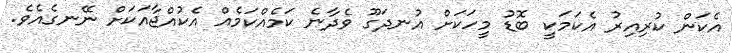
އެކަން ކުރިއިރު އެކަމަކީ ބޮޑު މީހަކަށް އުނދަގޫ ވެދާނެ ކަމެއްކަމެއް އެކުއްޖާއަކަށް ނޭނގެއެވެ.